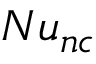
N u _ { n c }